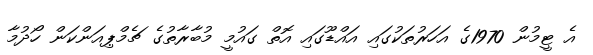
އެ ޓީމުން 1970ގެ އަހަރުތަކުގައި އައްޑޫގައި އޮތް ގައުމީ މުބާރާތުގެ ޗެމްޕިއަންކަން ހޯދުމާ